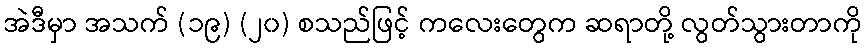
အဲဒီမှာ အသက် (၁၉) (၂၀) စသည်ဖြင့် ကလေးတွေက ဆရာတို့ လွတ်သွားတာကို